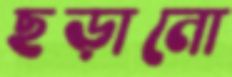
ছড়ানো